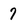
Character: 7